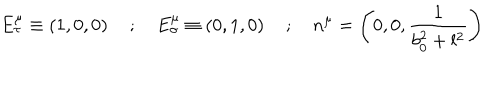
E _ { \tau } ^ { \mu } \equiv \left( 1 , 0 , 0 \right) \quad ; \quad E _ { \sigma } ^ { \mu } \equiv \left( 0 , 1 , 0 \right) \quad ; \quad n ^ { \mu } = \left( 0 , 0 , \frac { 1 } { b _ { 0 } ^ { 2 } + l ^ { 2 } } \right)